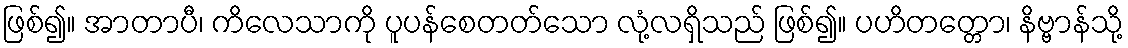
ဖြစ်၍။ အာတာပီ၊ ကိလေသာကို ပူပန်စေတတ်သော လုံ့လရှိသည် ဖြစ်၍။ ပဟိတတ္တော၊ နိဗ္ဗာန်သို့